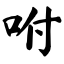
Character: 咐